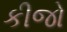
કીજો